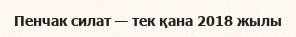
Пенчак силат — тек қана 2018 жылы